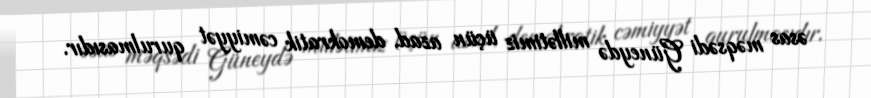
əsas məqsədi Güneydə millətimiz üçün azad, demokratik cəmiyyət qurulmasıdır.